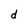
Character: d